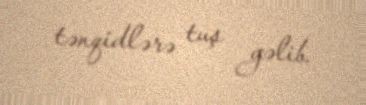
tənqidlərə tuş gəlib.